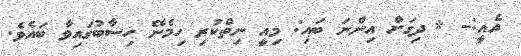
އެއީ:- * ދިގަށް އިންނަ ބައި: މިއީ ނިތްކުރި ހިމެނޭ ހިސާބުގައިވާ ބައެވެ.